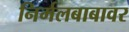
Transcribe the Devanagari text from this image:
निर्मलबाबावर